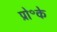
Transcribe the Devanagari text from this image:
प्रो॰के